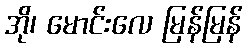
အို၊ မောင်းလေ မြန်မြန်